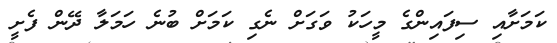
ކަމަށާއި ސިފައިންގެ މީހަކު ވަގަށް ނެގި ކަމަށް ބުނެ ހަމަލާ ދޭން ފެށީ